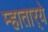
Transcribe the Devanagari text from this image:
म्हातार्‍ये